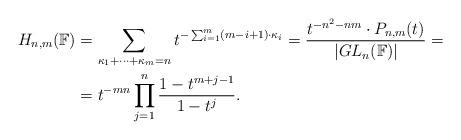
LaTeX: \begin{align*}H_{n,m}(\mathbb F)&=\sum_{\kappa_1+\cdots+\kappa_m=n}t^{-\sum_{i=1}^m(m-i+1)\cdot \kappa_{i}}=\frac{t^{-n^2-nm}\cdot P_{n,m}(t)}{|GL_n(\mathbb F)|}=\\&=t^{-mn}\prod_{j=1}^{n}\frac{1-t^{m+j-1}}{1-t^{j}}.\end{align*}